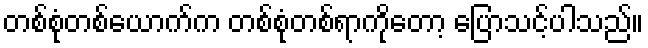
တစ်စုံတစ်ယောက်က တစ်စုံတစ်ရာကိုတော့ ပြောသင့်ပါသည်။